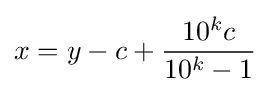
x=y-c+{\frac {10^{k}c}{10^{k}-1}}